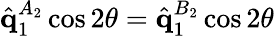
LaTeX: \hat{\mathbf{q}}_{1}^{A_{2}}\cos{2\theta}=\hat{\mathbf{q}}_{1}^{B_{2}}\cos{2\theta}